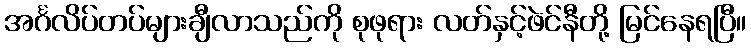
အင်္ဂလိပ်တပ်များချီလာသည်ကို စုဖုရား လတ်နှင့်ဖဲင်နီတို့ မြင်နေရပြီ။